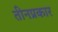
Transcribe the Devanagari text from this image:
तीनप्रकार